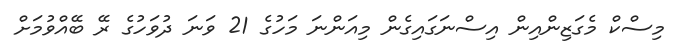
މިސްކް މެގަޒިންއިން އިސްނަގައިގެން މިއަންނަ މަހުގެ 21 ވަނަ ދުވަހުގެ ރޭ ބޭއްވުމަށް